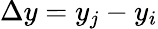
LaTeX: \Delta y=y_{j}-y_{i}